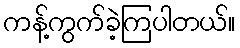
ကန့်ကွက်ခဲ့ကြပါတယ်။